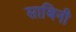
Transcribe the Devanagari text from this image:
साबिनी